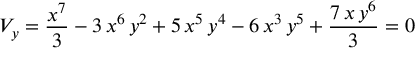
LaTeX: V _ { y } = { \frac { { x ^ { 7 } } } { 3 } } - 3 \, { x ^ { 6 } } \, { y ^ { 2 } } + 5 \, { x ^ { 5 } } \, { y ^ { 4 } } - 6 \, { x ^ { 3 } } \, { y ^ { 5 } } + { \frac { 7 \, x \, { y ^ { 6 } } } { 3 } } = 0